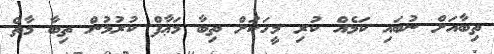
ތިބާއަށް ނުބައި ކަމެއް ކުރި މީހަކަށް ތިބާ މަޢާފް ކުރުމުން ތިބާ މާތް